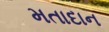
મતાદાન